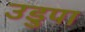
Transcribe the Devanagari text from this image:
उडुपा